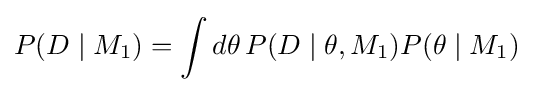
P(D\mid M_{1})=\int d\theta \,P(D\mid \theta ,M_{1})P(\theta \mid M_{1})